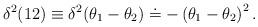
LaTeX: \begin{align*}\delta^2(12) \equiv \delta^2(\theta_1 - \theta_2) \doteq - \left ( \theta_1 - \theta_2\right)^2.\end{align*}